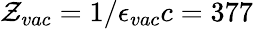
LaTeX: {\cal Z}_{vac}=1/\epsilon_{vac}c=377